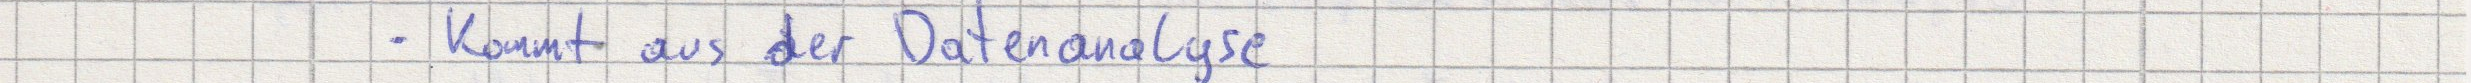
- Kommt aus der Datenanalyse